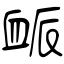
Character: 衇